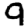
Digit: 9